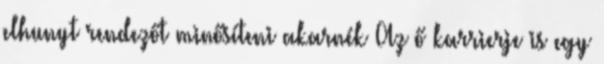
elhunyt rendezőt minősíteni akarnék Az ő karrierje is egy